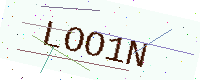
Text: LOO1N